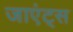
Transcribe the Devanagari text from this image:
जाएंट्स